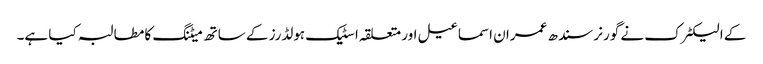
کے الیکٹرک نے گورنر سندھ عمران اسماعیل اور متعلقہ اسٹیک ہولڈرز کے ساتھ میٹنگ کا مطالبہ کیا ہے۔